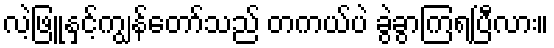
လဲ့ဖြူနှင့်ကျွန်တော်သည် တကယ်ပဲ ခွဲခွာကြရပြီလား။